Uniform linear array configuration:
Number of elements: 12
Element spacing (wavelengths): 1
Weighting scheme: uniform
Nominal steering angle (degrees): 15
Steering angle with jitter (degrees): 14.719
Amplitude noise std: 0.05
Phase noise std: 0.05

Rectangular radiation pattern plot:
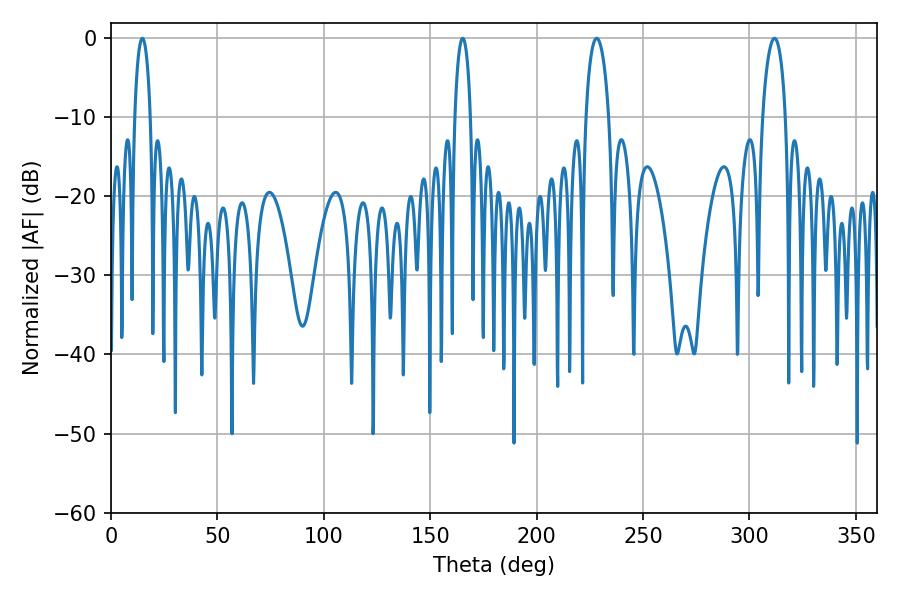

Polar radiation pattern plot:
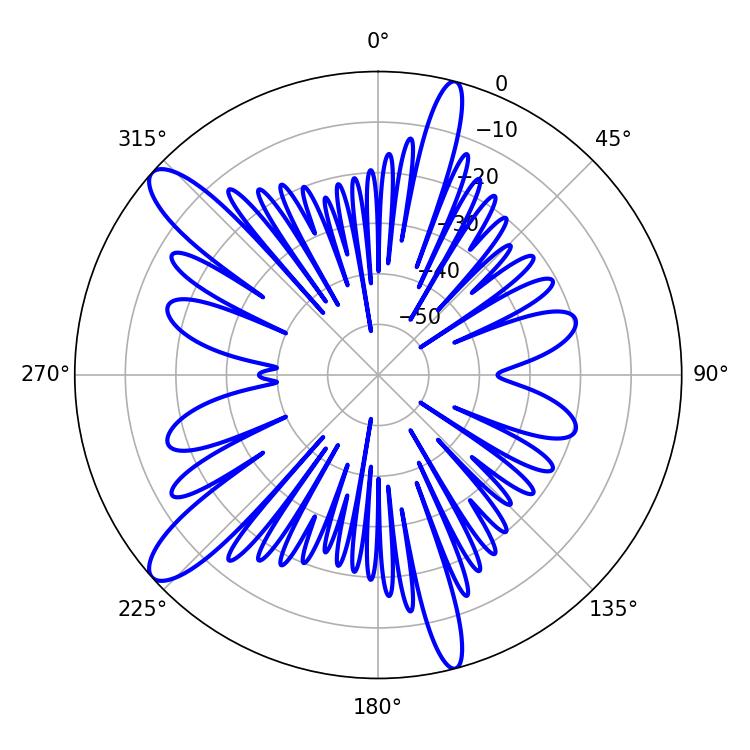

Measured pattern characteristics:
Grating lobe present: TRUE
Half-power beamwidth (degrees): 6.3
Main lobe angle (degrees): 228.24